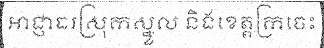
អាជ្ញាធរស្រុកស្នួល និងខេត្តក្រចេះ